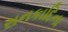
સનકાદિના